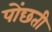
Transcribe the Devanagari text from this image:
पोंछती